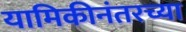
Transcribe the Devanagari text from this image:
यामिकीनंतरच्या